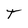
Character: T